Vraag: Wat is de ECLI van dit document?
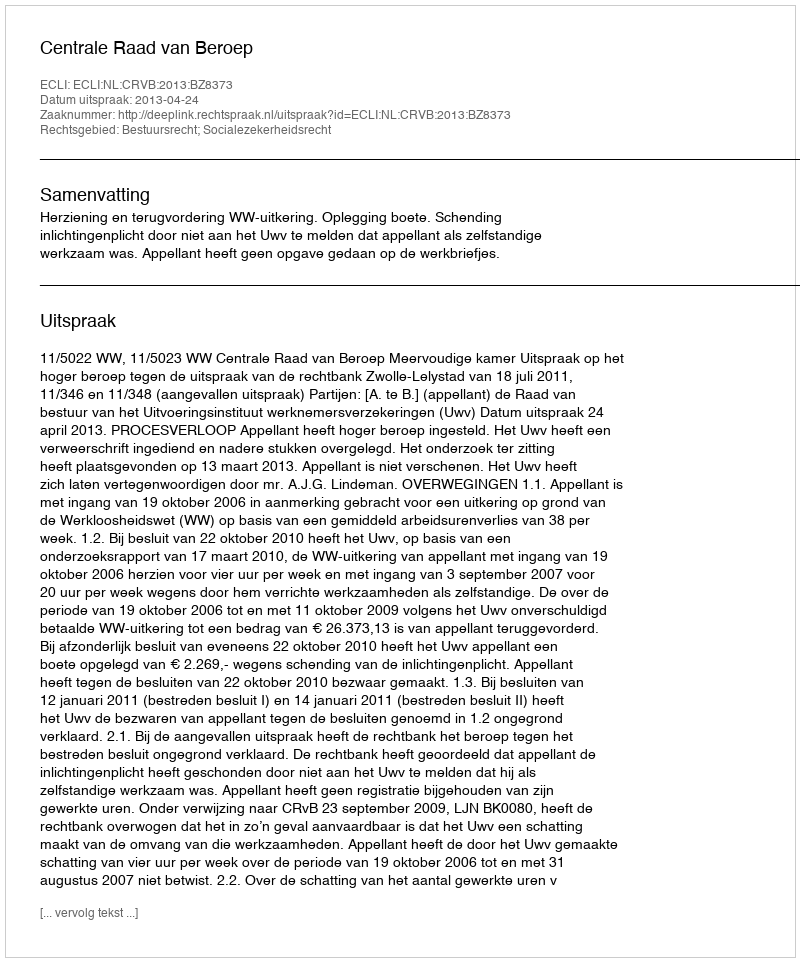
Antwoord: ECLI:NL:CRVB:2013:BZ8373